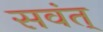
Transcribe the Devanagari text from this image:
सवंत्‌